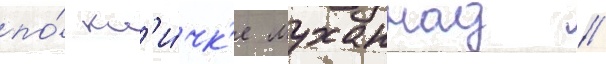
по́ кл'и́чк'е муханнад //